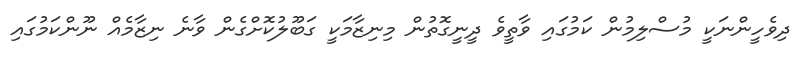
ދިވެހީންނަކީ މުސްލިމުން ކަމުގައި ވާތީވެ ދީނީގޮތުން މިނިޒާމަކީ ގަބޫލުކޮށްގެން ވާނެ ނިޒާމެއް ނޫންކަމުގައި